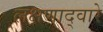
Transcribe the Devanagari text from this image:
लक्षणाद्वारे